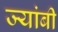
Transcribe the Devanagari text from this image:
ज्यांबी